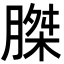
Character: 𮌪